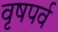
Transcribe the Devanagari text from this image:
वृषपर्व